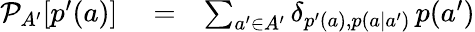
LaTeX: \begin{array}{rlr}{\mathcal{P}_{A^{\prime}}[p^{\prime}(a)]}&{{}=}&{\sum_{a^{\prime}\in A^{\prime}}\delta_{p^{\prime}(a),p(a|a^{\prime})}\, p(a^{\prime})}\end{array}